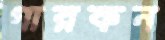
গারকন